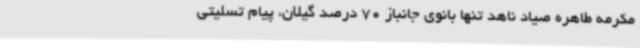
مکرمه طاهره صیاد ناهد تنها بانوی جانباز 70 درصد گیلان، پیام تسلیتی